Civil Veterinary Department. United Provinces 1923-31 - 1923-1931
Year: 1923
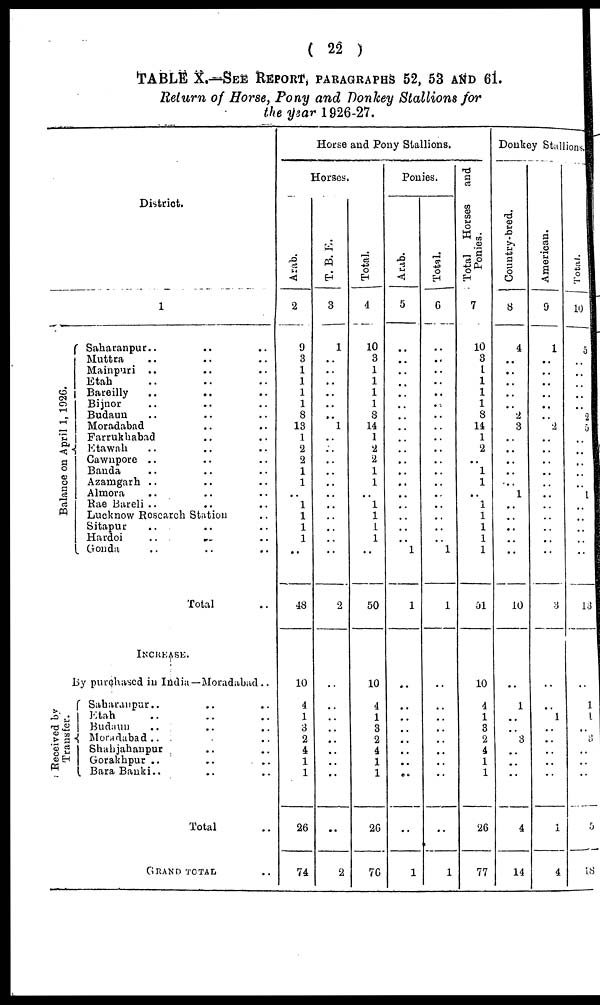
( 22 )
TABLE X.—SEE REPORT, PARAGRAPHS 52, 53 AND 61.
Return of Horse, Pony and Donkey Stallions for
the year 1926-27.
District.
Balance on April 1, 1926.
1
Saharanpur .. .. ..
Muttra .. .. ..
Mainpuri .. .. ..
Etah
Bareilly .. .. ..
Bijnor
Budaun .. ....
Moradabad
Farrukhabad
Etawah .. .. ..
Cawnpore .. .. ..
Banda
Azamgarh .. .. ..
Almora .. .. ..
Rae Bareli .. .. ..
Lucknow Research Station ..
Sitapur
Hardoi
..
..
..
Gonda .. .. ..
Total ..
INCREASE.
By purchascd in India —Moradabad ..
Received by
Transfer.
Saharanpur .. .. ..
Etah .. .. ..
Budaun .. .. ..
Moradabad .. .. ..
Shahjahanpur .. ..
Gorakhpur .. .. ..
Bara Banki .. .. ..
Total ..
GRAND TOTAL ..
Horse and Pony Stallions.
Horses.
Arab.
2
9
3
1
1
1
1
8
13
1
2
2
1
1
..
1
1
1
1
..
48
10
4
1
3
2
4
1
1
26
74
T. B. E.
3
1
..
..
..
..
..
..
1
..
..
..
..
..
..
..
..
..
..
..
2
..
..
..
..
..
..
..
..
..
2
Total.
4
10
3
1
1
1
1
8
14
1
2
2
1
1
1
1
1
1
1
..
50
10
4
1
3
2
4
1
1
26
76
Ponies.
Arab.
5
..
..
..
..
..
..
..
..
..
..
..
..
..
..
..
..
..
..
1
1
..
..
..
..
..
..
..
..
..
1
Total.
6
..
..
..
..
..
..
..
..
..
..
..
..
..
..
..
..
..
..
1
1
..
..
..
..
..
..
..
..
..
1
Total Horses
and
Ponies.
7
10
3
1
1
1
1
8
14
1
2
..
1
1
..
1
1
1
1
1
51
10
4
1
3
2
4
1
1
26
77
Donkey Stallions.
Country-bred.
8
4
..
..
..
..
.. 2
3
..
..
..
..
..
1
..
..
..
..
..
10
..
1
..
..
3
..
..
..
4
14
American.
9
1
..
..
..
..
..
..
2
..
..
..
..
..
..
..
..
..
..
3
..
..
1
..
..
..
..
..
1
4
Total.
10
5
..
..
..
..
..
2
5
..
..
..
..
..
1
..
..
..
..
..
13
..
1
1
..
3
..
..
..
5
18